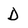
Character: D